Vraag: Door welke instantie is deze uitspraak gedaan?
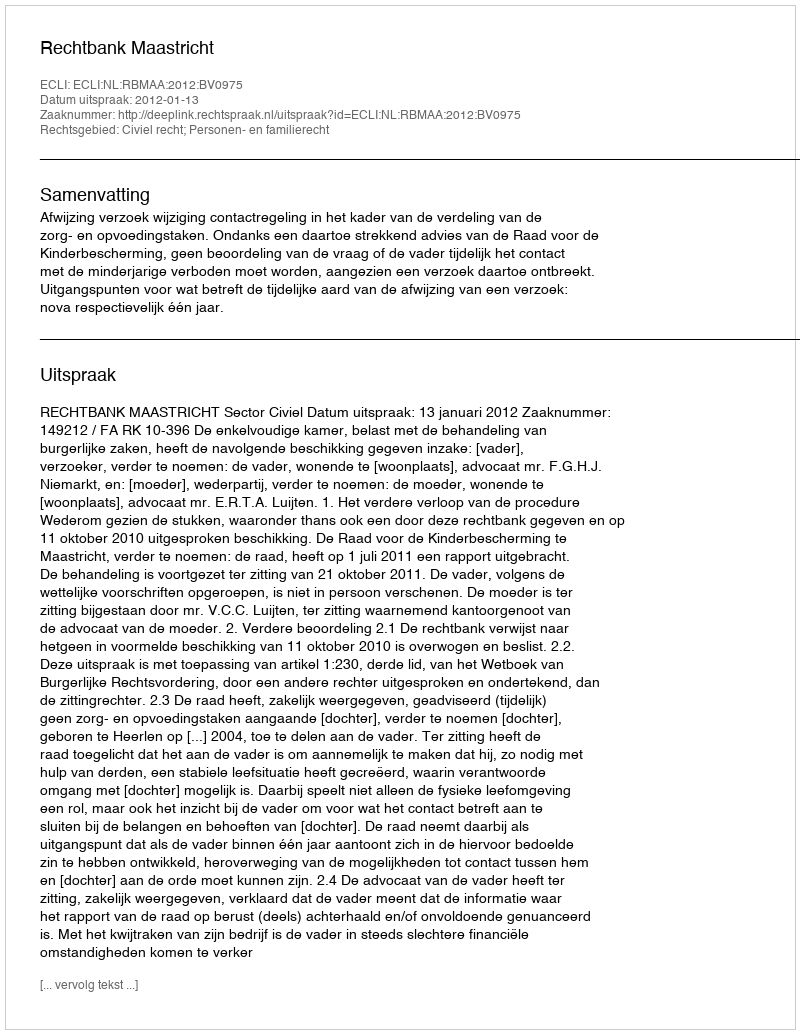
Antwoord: Rechtbank Maastricht